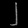
Digit: ၂